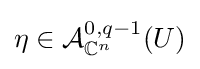
\eta \in {\mathcal {A}}_{\mathbb {C} ^{n}}^{0,q-1}(U)